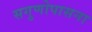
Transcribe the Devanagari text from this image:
सगुणोपासना